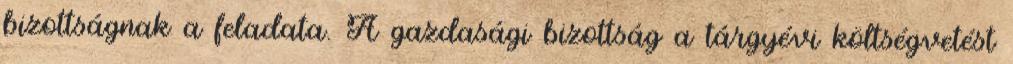
bizottságnak a feladata. A gazdasági bizottság a tárgyévi költségvetést